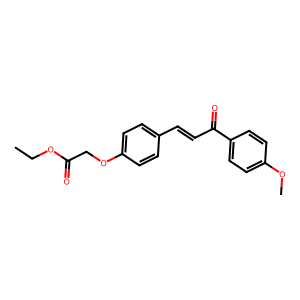
SMILES: CCOC(=O)COc1ccc(C=CC(=O)c2ccc(OC)cc2)cc1
Inhibits HIV replication: No